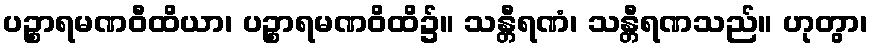
ပဉ္စာရမဏဝီထိယာ၊ ပဉ္စာရမဏဝိထိ၌။ သန္တီရဏံ၊ သန္တီရဏသည်။ ဟုတွာ၊